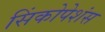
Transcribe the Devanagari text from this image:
सिंकोपेशंस